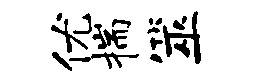
优揣筮